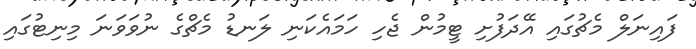
ފައިނަލް މެޗުގައި އޭދަފުށި ޓީމުން ޖެހި ހަމައެކަނި ލަނޑު މެޗްގެ ނުވަވަނަ މިނިޓުގައި